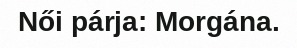
Női párja: Morgána.